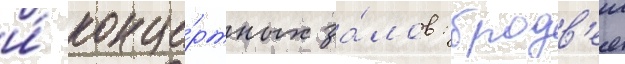
и́ конце́ртных за́лов: бродв'еи